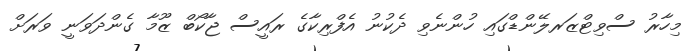
މިހާރު ސްވިޓްޒަރލޭންޑްގައި ހުންނެވި ދެކުނު އެފްރިކާގެ ރައީސް ޖާކޯބް ޒޫމާ ގެންދަވަނީ ވަރަށް